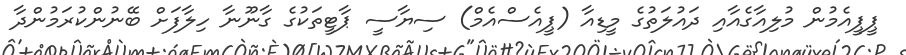
ޕީޕީއެމުން މުލިއާގެއާއި ދައުލަތުގެ މީޑިއާ (ޕީއެސްއެމް) ސިޔާސީ ޕާޓީތަކުގެ ގާނޫނާ ހިލާފަށް ބޭނުންކުރަމުންދާ